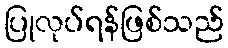
ပြုလုပ်ရန်ဖြစ်သည်